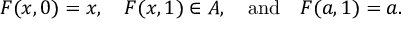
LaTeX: F ( x , 0 ) = x , \quad F ( x , 1 ) \in A , \quad { \mathrm { a n d } } \quad F ( a , 1 ) = a .